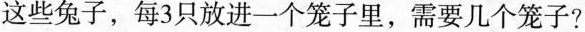
这些兔子，每3只放进一个笼子里，需要几个笼子?